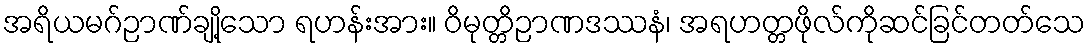
အရိယမဂ်ဉာဏ်ချို့သော ရဟန်းအား။ ဝိမုတ္တိဉာဏဒဿနံ၊ အရဟတ္တဖိုလ်ကိုဆင်ခြင်တတ်သေ